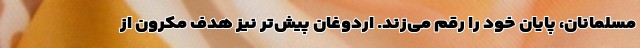
مسلمانان، پایان خود را رقم می‌زند. اردوغان پیش‌تر نیز هدف مکرون از